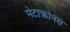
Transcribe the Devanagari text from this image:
मेटाक्रोनस